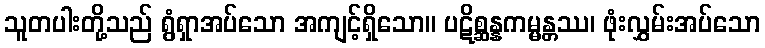
သူတပါးတို့သည် ရွံရှာအပ်သော အကျင့်ရှိသော။ ပဋိစ္ဆန္နကမ္မန္တဿ၊ ဖုံးလွှမ်းအပ်သော